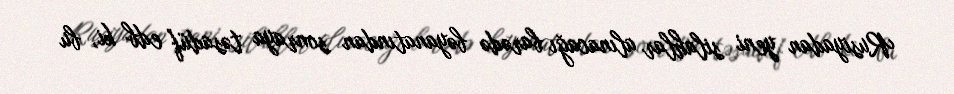
Rusiyadan yeni silahlar alınacağı barədə bəyanatından sonraya təsadüf edb ki, bu